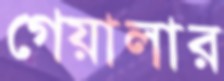
গেয়ালার